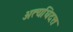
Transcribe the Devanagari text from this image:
अत्यधिदत्त